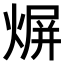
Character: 𤋊